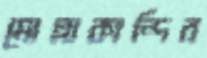
মোল্লাকান্দির